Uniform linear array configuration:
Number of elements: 8
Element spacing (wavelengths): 1
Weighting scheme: kaiser
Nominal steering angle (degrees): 15
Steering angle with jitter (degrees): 15.116
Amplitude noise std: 0.05
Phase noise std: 0.05

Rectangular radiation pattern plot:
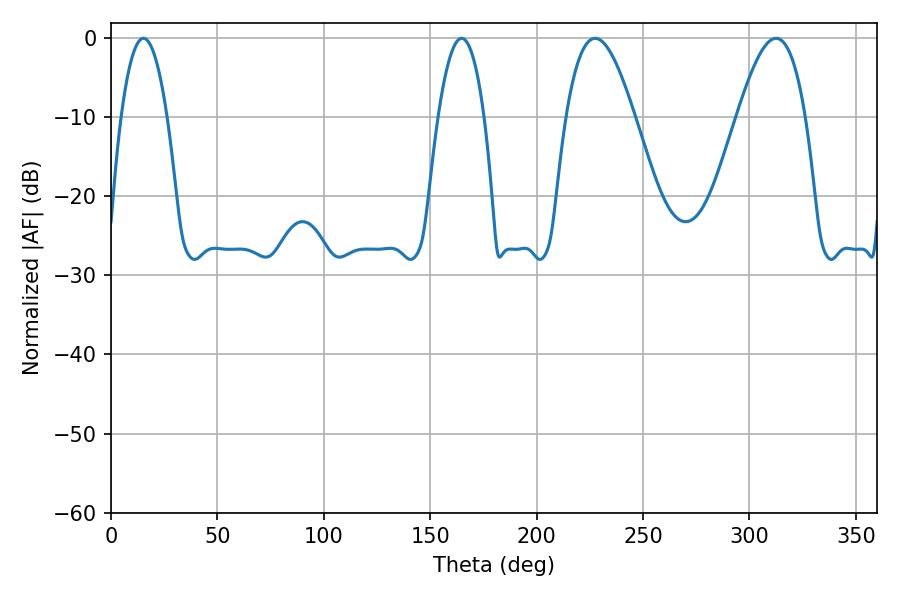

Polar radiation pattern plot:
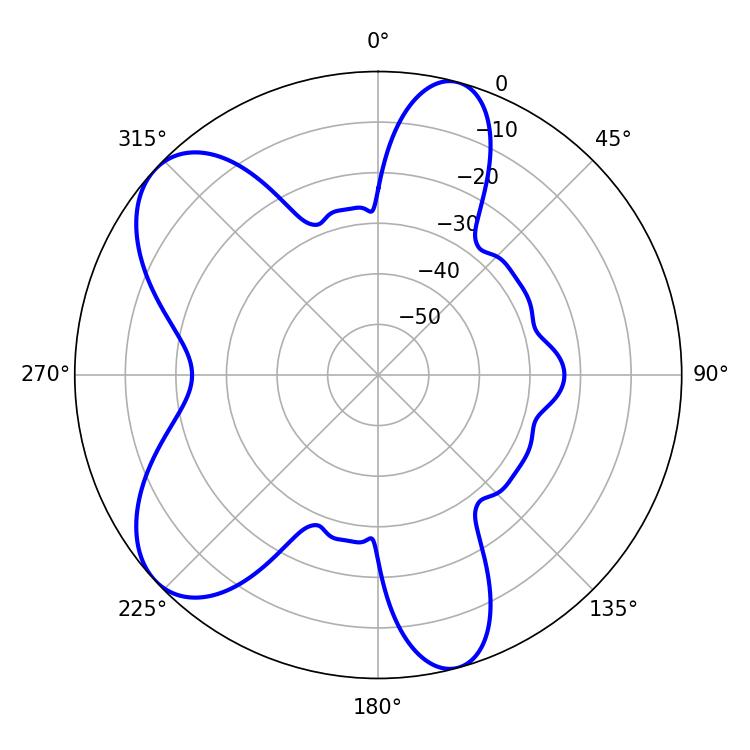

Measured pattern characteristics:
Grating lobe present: TRUE
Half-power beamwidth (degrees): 17.28
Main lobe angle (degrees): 227.52